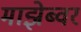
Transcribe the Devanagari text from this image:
माझेब्वर